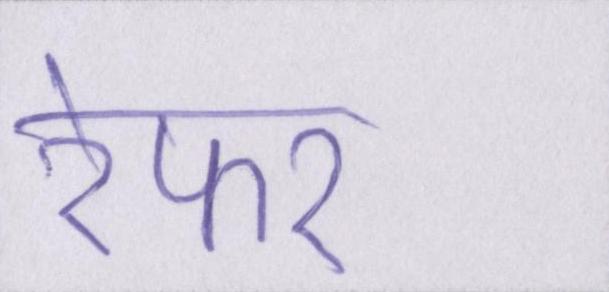
रेफर